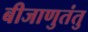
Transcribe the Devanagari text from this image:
बीजाणुतंतु